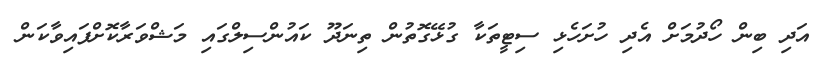
އަދި ބިން ހޯދުމަށް އެދި ހުށަހެޅި ސިޓީތަކާ ގުޅޭގޮތުން ތިނަދޫ ކައުންސިލްގައި މަޝްވަރާކޮށްފައިވާކަން